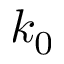
k _ { 0 }